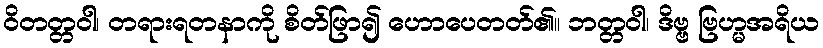
ဝိတတ္တဝါ၊ တရားရတနာကို စိတ်ဖြာ၍ ဟောပေတတ်၏။ ဘတ္တဝါ၊ ဒိဗ္ဗ ဗြဟ္မအရိယ